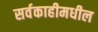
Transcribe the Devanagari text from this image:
सर्वकाहीमधील